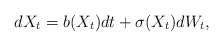
\begin{align*}dX_t = b(X_t) dt + \sigma(X_t) dW_t,\end{align*}